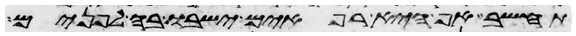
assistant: תחשב אף היא רפאים ישבו בה לפנים